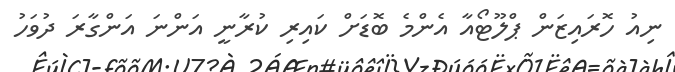
ނިއު ހޮރައިޒަން ޕްލޫޓޯއާ އެންމެ ބޮޑަށް ކައިރި ކުރާނީ އަންނަ އަންގާރަ ދުވަހު